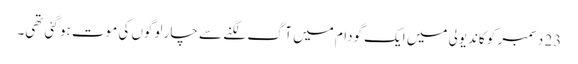
23 دسمبر کو کاندیولی میں ایک گودام میں آگ لگنے سے چار لوگوں کی موت ہو گئی تھی۔